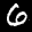
Label: 6